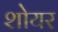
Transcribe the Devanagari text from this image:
शोयर